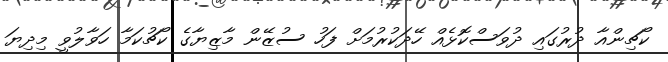
ކޯޗިންއާ ދުރުގައި ދުވަސްކޮޅެއް ހޭދަކުރުމަށް ފަހު ސުޒޭން މާޒިޔާގެ ކޯޗުކަމާ ހަވާލުވީ މިދިޔަ